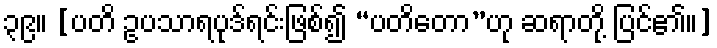
၃၉။ [ပတိ ဥပသာရပုဒ်ရင်းဖြစ်၍ “ပတိတော”ဟု ဆရာတို့ ပြင်၏၊၊]